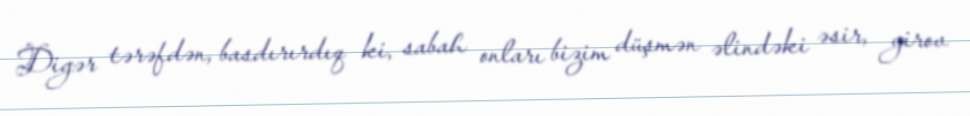
Digər tərəfdən, basdırırdıq ki, sabah onları bizim düşmən əlindəki əsir, girov